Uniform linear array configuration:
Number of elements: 4
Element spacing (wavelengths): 0.5
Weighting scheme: hann
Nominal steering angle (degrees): -30
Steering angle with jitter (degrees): -28.899
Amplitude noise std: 0.05
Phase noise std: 0.05

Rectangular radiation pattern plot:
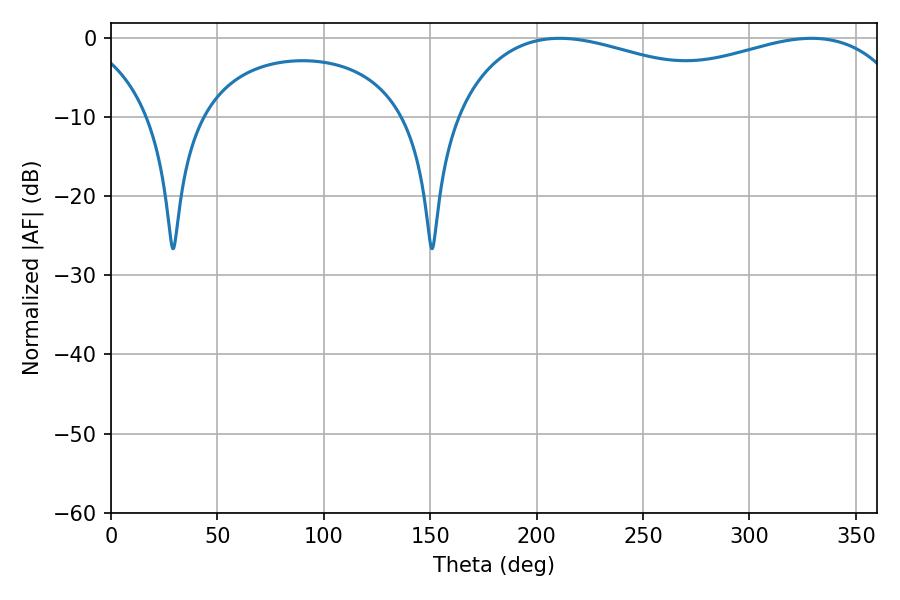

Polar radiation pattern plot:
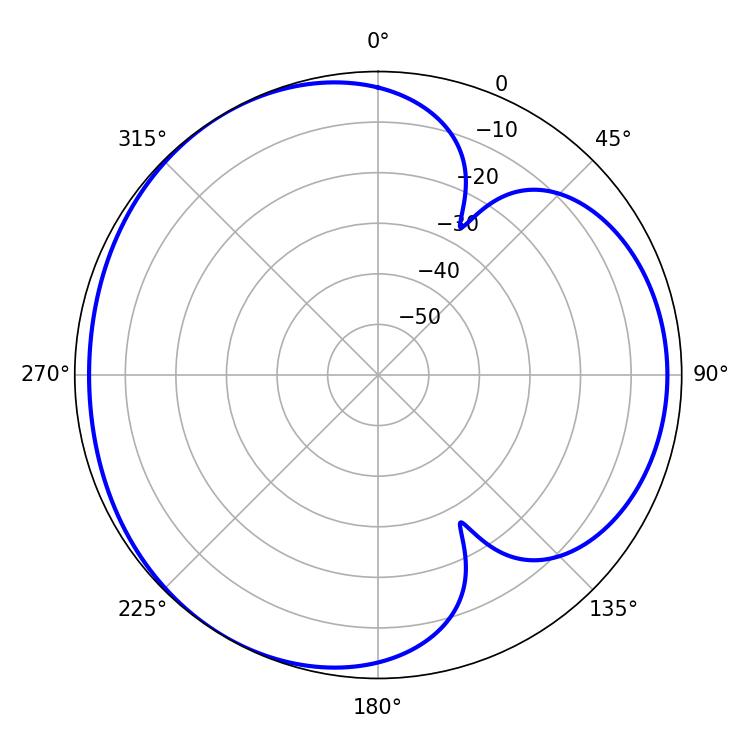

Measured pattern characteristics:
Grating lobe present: FALSE
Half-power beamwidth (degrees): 178.56
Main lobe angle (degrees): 329.22